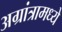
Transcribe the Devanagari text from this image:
अग्रांत्रामध्ये